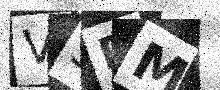
Text: VSDM